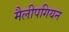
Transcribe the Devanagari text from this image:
मैलीपगियन